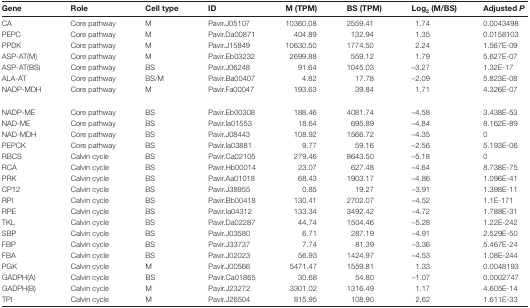
<table><thead><tr><td><b>Gene</b></td><td><b>Role</b></td><td><b>Cell type</b></td><td><b>ID</b></td><td><b>M (TPM)</b></td><td><b>BS (TPM)</b></td><td><b>Log<sub>2</sub>(M/BS)</b></td><td><b>Adjusted <i>P</i></b></td></tr></thead><tbody><tr><td>CA</td><td>Core pathway</td><td>M</td><td>Pavir.J05107</td><td>10360.08</td><td>2559.41</td><td>1.74</td><td>0.0043498</td></tr><tr><td>PEPC</td><td>Core pathway</td><td>M</td><td>Pavir.Da00871</td><td>404.89</td><td>132.94</td><td>1.35</td><td>0.0158103</td></tr><tr><td>PPDK</td><td>Core pathway</td><td>M</td><td>Pavir.J15849</td><td>10630.50</td><td>1774.50</td><td>2.24</td><td>1.567E-09</td></tr><tr><td>ASP-AT(M)</td><td>Core pathway</td><td>M</td><td>Pavir.Eb03232</td><td>2699.88</td><td>559.12</td><td>1.79</td><td>5.627E-07</td></tr><tr><td>ASP-AT(BS)</td><td>Core pathway</td><td>BS</td><td>Pavir.J06248</td><td>91.64</td><td>1045.03</td><td>–3.27</td><td>1.32E-17</td></tr><tr><td>ALA-AT</td><td>Core pathway</td><td>BS/M</td><td>Pavir.Ba00407</td><td>4.82</td><td>17.78</td><td>–2.09</td><td>5.823E-08</td></tr><tr><td>NADP-MDH</td><td>Core pathway</td><td>M</td><td>Pavir.Fa00047</td><td>193.63</td><td>39.84</td><td>1.71</td><td>4.326E-07</td></tr><tr><td>NADP-ME</td><td>Core pathway</td><td>BS</td><td>Pavir.Eb00308</td><td>188.46</td><td>4081.74</td><td>–4.58</td><td>3.438E-53</td></tr><tr><td>NAD-ME</td><td>Core pathway</td><td>BS</td><td>Pavir.Ia01553</td><td>18.64</td><td>695.89</td><td>–4.84</td><td>8.162E-89</td></tr><tr><td>NAD-MDH</td><td>Core pathway</td><td>BS</td><td>Pavir.J08443</td><td>108.92</td><td>1566.72</td><td>–4.35</td><td>0</td></tr><tr><td>PEPCK</td><td>Core pathway</td><td>BS</td><td>Pavir.Ia03881</td><td>9.77</td><td>59.16</td><td>–2.56</td><td>5.193E-06</td></tr><tr><td>RBCS</td><td>Calvin cycle</td><td>BS</td><td>Pavir.Ca02105</td><td>279.46</td><td>8643.50</td><td>–5.18</td><td>0</td></tr><tr><td>RCA</td><td>Calvin cycle</td><td>BS</td><td>Pavir.Hb00014</td><td>23.07</td><td>627.48</td><td>–4.64</td><td>8.738E-75</td></tr><tr><td>PRK</td><td>Calvin cycle</td><td>BS</td><td>Pavir.Aa01018</td><td>68.43</td><td>1903.17</td><td>–4.86</td><td>1.096E-41</td></tr><tr><td>CP12</td><td>Calvin cycle</td><td>BS</td><td>Pavir.J38955</td><td>0.85</td><td>19.27</td><td>–3.91</td><td>1.398E-11</td></tr><tr><td>RPI</td><td>Calvin cycle</td><td>BS</td><td>Pavir.Bb00418</td><td>130.41</td><td>2702.07</td><td>–4.52</td><td>1.1E-171</td></tr><tr><td>RPE</td><td>Calvin cycle</td><td>BS</td><td>Pavir.Ia04312</td><td>133.34</td><td>3492.42</td><td>–4.72</td><td>1.788E-31</td></tr><tr><td>TKL</td><td>Calvin cycle</td><td>BS</td><td>Pavir.Da02287</td><td>44.74</td><td>1504.46</td><td>–5.28</td><td>1.22E-242</td></tr><tr><td>SBP</td><td>Calvin cycle</td><td>BS</td><td>Pavir.J03580</td><td>6.71</td><td>287.19</td><td>–4.91</td><td>2.529E-50</td></tr><tr><td>FBP</td><td>Calvin cycle</td><td>BS</td><td>Pavir.J33737</td><td>7.74</td><td>81.39</td><td>–3.36</td><td>5.467E-24</td></tr><tr><td>FBA</td><td>Calvin cycle</td><td>BS</td><td>Pavir.J02023</td><td>56.93</td><td>1424.97</td><td>–4.53</td><td>1.08E-244</td></tr><tr><td>PGK</td><td>Calvin cycle</td><td>M</td><td>Pavir.J00566</td><td>5471.47</td><td>1559.81</td><td>1.33</td><td>0.0048193</td></tr><tr><td>GADPH(A)</td><td>Calvin cycle</td><td>BS</td><td>Pavir.Ca01865</td><td>30.68</td><td>54.80</td><td>–1.07</td><td>0.0002747</td></tr><tr><td>GADPH(B)</td><td>Calvin cycle</td><td>M</td><td>Pavir.J23272</td><td>3301.02</td><td>1316.49</td><td>1.17</td><td>4.605E-14</td></tr><tr><td>TPI</td><td>Calvin cycle</td><td>M</td><td>Pavir.J26504</td><td>815.95</td><td>108.90</td><td>2.62</td><td>1.611E-33</td></tr></tbody></table>